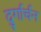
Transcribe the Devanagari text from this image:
दुर्गार्चन